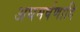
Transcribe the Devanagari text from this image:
अघमर्षणादि